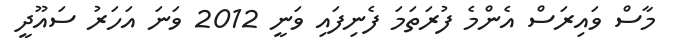
މާސް ވައިރަސް އެންމެ ފުރަތަމަ ފެނިފައި ވަނީ 2012 ވަނަ އަހަރު ސައޫދީ